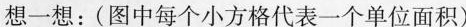
想一想：(图中每个小方格代表一个单位面积)